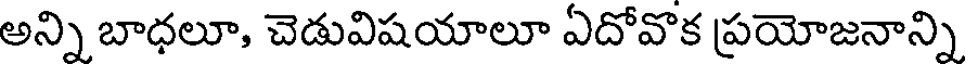
అన్ని బాధలూ, చెడువిషయాలూ ఏదోవొక ప్రయోజనాన్ని